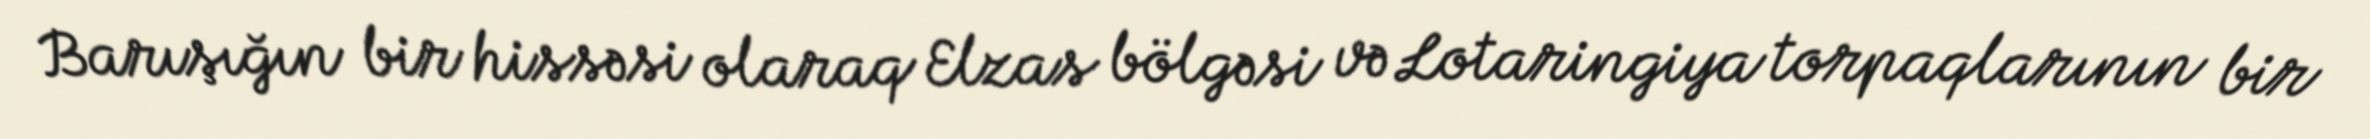
Barışığın bir hissəsi olaraq Elzas bölgəsi və Lotaringiya torpaqlarının bir